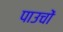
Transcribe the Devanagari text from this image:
पाउचों